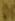
Text: D5